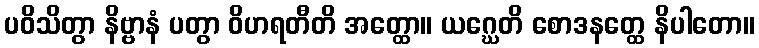
ပဝိသိတွာ နိဗ္ဗာနံ ပတွာ ဝိဟရတီတိ အတ္ထော။ ယဂ္ဃေတိ စောဒနတ္ထေ နိပါတော။